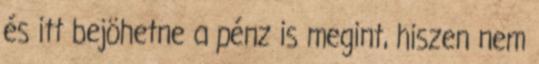
és itt bejöhetne a pénz is megint, hiszen nem